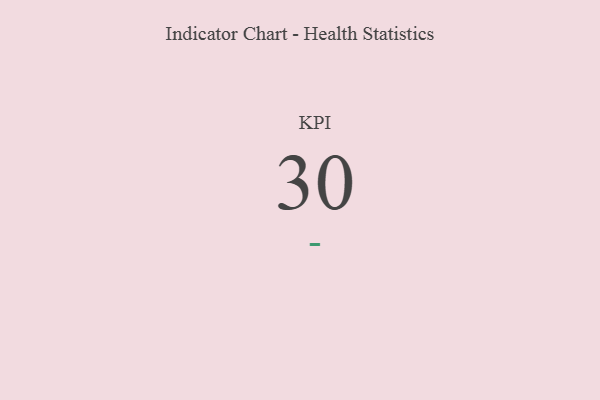
{"axis": {"x": "KPI", "y": "Value"}, "legend": [""], "data": [{"x": "KPI", "y": 30, "type": ""}]}